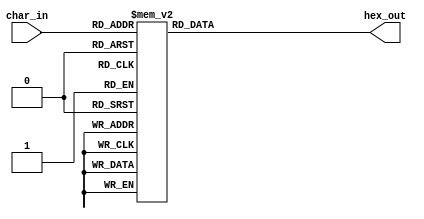
module segment_display(hex_out, char_in);

output reg[7:0] hex_out;
input [3:0] char_in;

always @(char_in) begin
	case (char_in)
		4'h0: hex_out = 8'b11000000;
		4'h1: hex_out = 8'b11111001;
		4'h2: hex_out = 8'b10100100;
		4'h3: hex_out = 8'b10110000;
		4'h4: hex_out = 8'b10011001;
		4'h5: hex_out = 8'b10010010;
		4'h6: hex_out = 8'b10000010;
		4'h7: hex_out = 8'b11111000;
		4'h8: hex_out = 8'b10000000;
		4'h9: hex_out = 8'b10011000;
		4'hA: hex_out = 8'b10001000;
		4'hB: hex_out = 8'b10000011;
		4'hC: hex_out = 8'b11000110;
		4'hD: hex_out = 8'b10100001;
		4'hE: hex_out = 8'b10000110;
		4'hF: hex_out = 8'b10001110;
		default: hex_out = 8'b11001001;
	endcase
end

endmodule